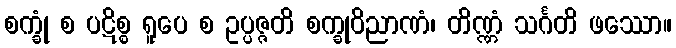
စက္ခုံ စ ပဋိစ္စ ရူပေ စ ဥပ္ပဇ္ဇတိ စက္ခုဝိညာဏံ၊ တိဏ္ဏံ သင်္ဂတိ ဖဿော။